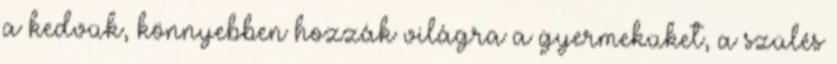
a kedvük, könnyebben hozzák világra a gyermeküket, a szülés